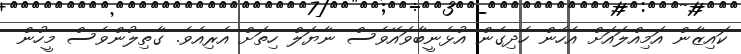
ކައިޒާން އަމިއްލައަށް އެހެން ހެދިގެން އުޅެނީބާވައޭވެސް ނާޔަލް ހިތަށް އެރިއެވެ. ގާތިލުންވެސް މީހުން